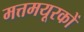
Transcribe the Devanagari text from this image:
मत्तमयूरकों